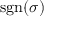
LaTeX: \operatorname { s g n } ( \sigma )